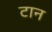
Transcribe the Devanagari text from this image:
टान